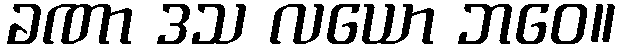
ခဏာ ဒသ လယော ဘဝေ။